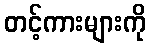
တင့်ကားများကို